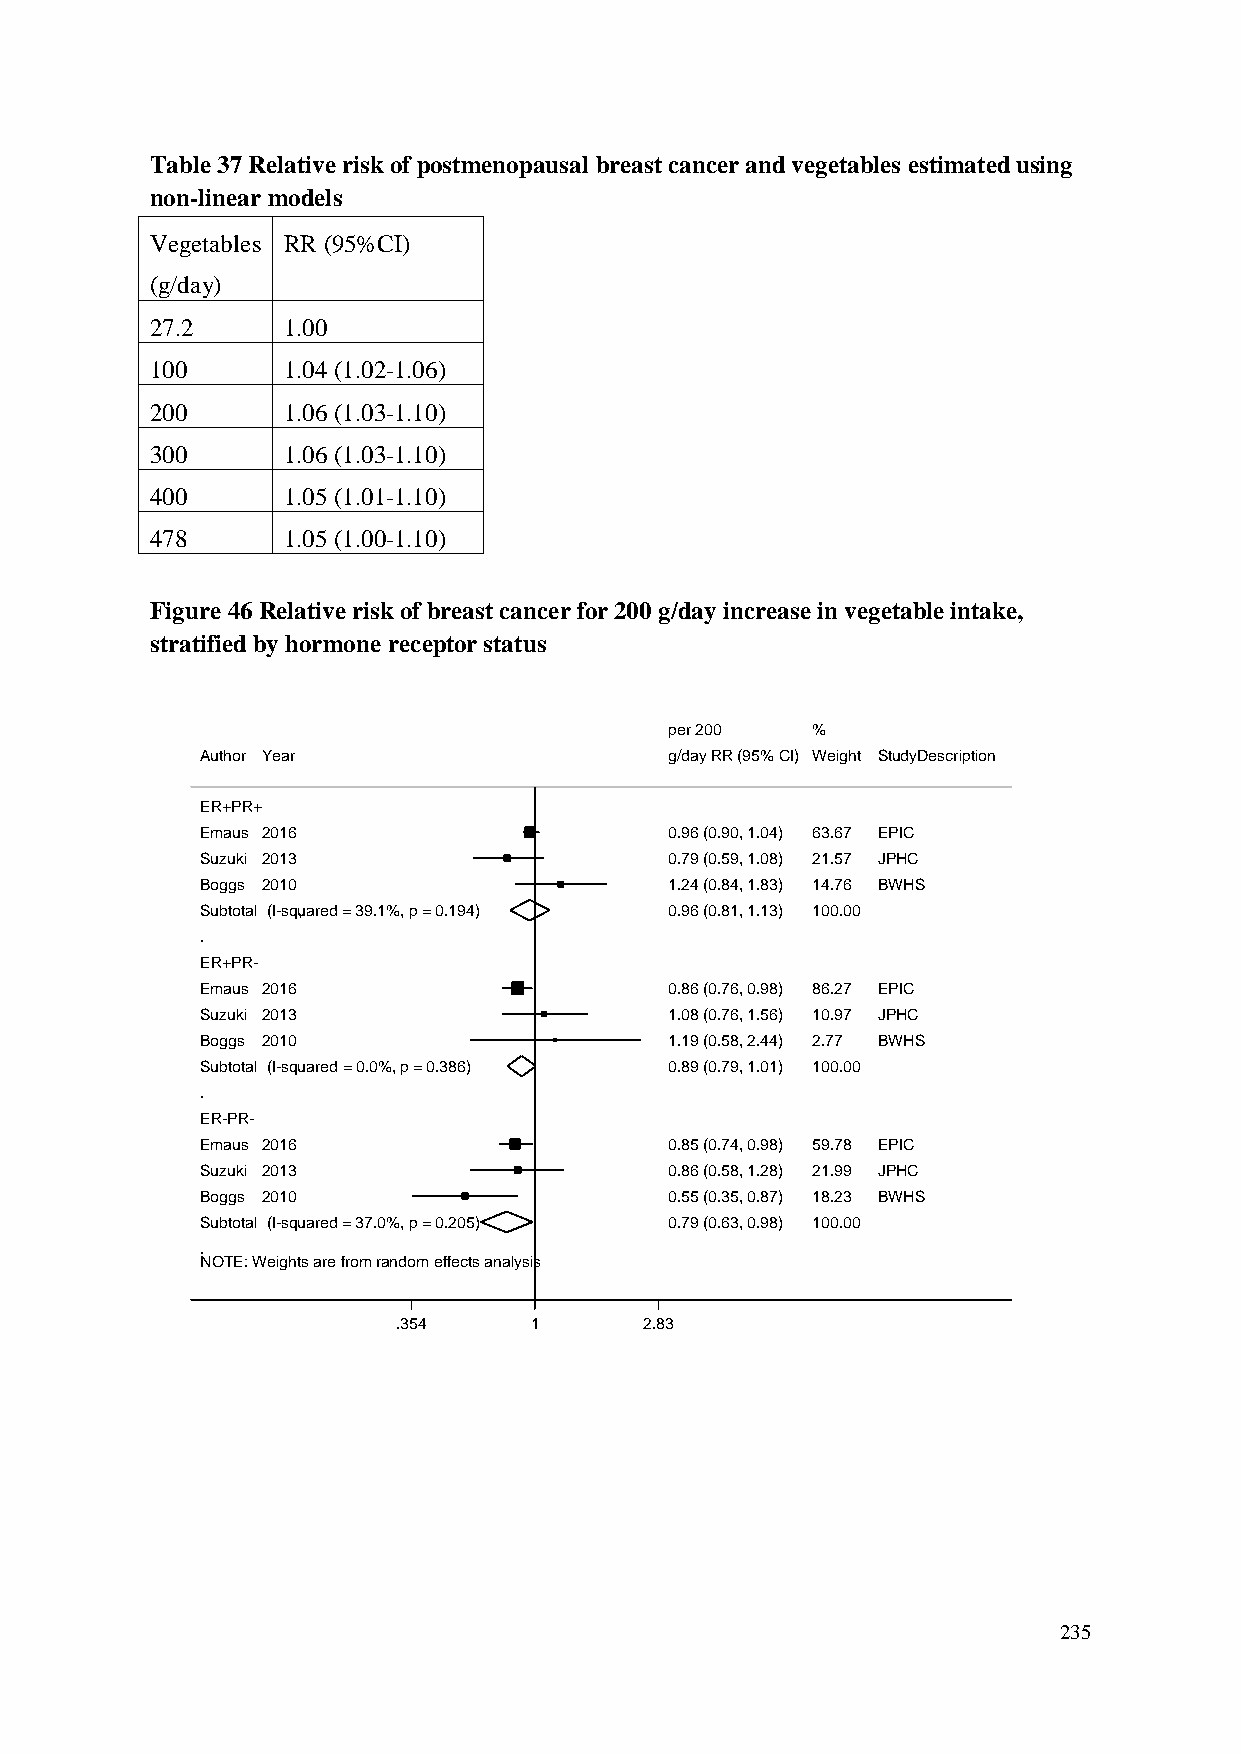
Table 37 Relative risk of postmenopausal breast cancer and vegetables estimated using
 non-linear models
 Vegetables RR (95%CI)
 (g/day)
 27.2     1.00
 100      1.04 (1.02-1.06)
 200      1.06 (1.03-1.10)
 300      1.06 (1.03-1.10)
 400      1.05 (1.01-1.10)
 478      1.05 (1.00-1.10)
 Figure 46 Relative risk of breast cancer for 200 g/day increase in vegetable intake,
 stratified by hormone receptor status
 ppeerr 220000 %%
 Author Year                    gg//ddaayy RRRR ((9955%% CCII)) WWeeiigghhtt StudyDescription
 ER+PR+
 Emaus 2016                     00..9966 ((00..9900,, 11..0044)) 6633..6677 EPIC
 Suzuki 2013                    00..7799 ((00..5599,, 11..0088)) 2211..5577 JPHC
 Boggs 2010                     11..2244 ((00..8844,, 11..8833)) 1144..7766 BWHS
 Subtotal (I-squared = 39.1%, p = 0.194) 00..9966 ((00..8811,, 11..1133)) 110000..0000
 .
 ER+PR-
 Emaus 2016                     00..8866 ((00..7766,, 00..9988)) 8866..2277 EPIC
 Suzuki 2013                    11..0088 ((00..7766,, 11..5566)) 1100..9977 JPHC
 Boggs 2010                     11..1199 ((00..5588,, 22..4444)) 22..7777 BWHS
 Subtotal (I-squared = 0.0%, p = 0.386) 00..8899 ((00..7799,, 11..0011)) 110000..0000
 .
 ER-PR-
 Emaus 2016                     00..8855 ((00..7744,, 00..9988)) 5599..7788 EPIC
 Suzuki 2013                    00..8866 ((00..5588,, 11..2288)) 2211..9999 JPHC
 Boggs 2010                     00..5555 ((00..3355,, 00..8877)) 1188..2233 BWHS
 Subtotal (I-squared = 37.0%, p = 0.205) 00..7799 ((00..6633,, 00..9988)) 110000..0000
 .
 NOTE: Weights are from random effects analysis
 .354     11      2.83
 235